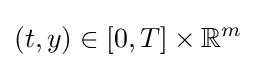
(t,y)\in [0,T]\times \mathbb {R} ^{m}